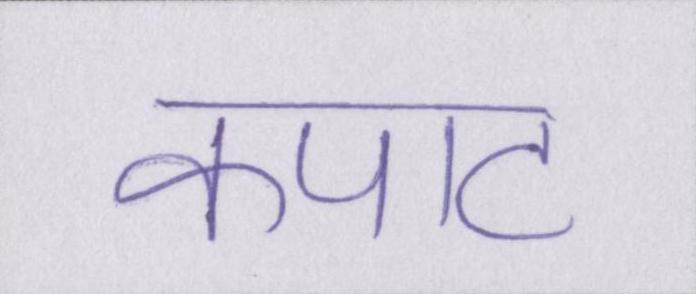
कपाट